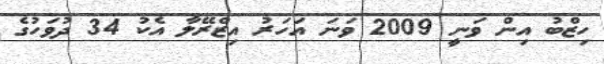
ހިޒްބު އިން ވަނީ 2009 ވަނަ އަހަރު އިޒްރޭލާ އެކު 34 ދުވަހުގެ